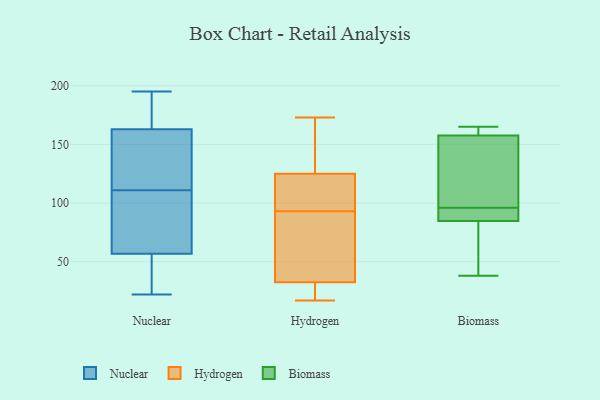
{"axis": {"x": "Satisfaction Score", "y": "Value"}, "legend": ["Biomass", "Hydrogen", "Nuclear"], "data": [{"x": "", "y": 185, "type": "Nuclear"}, {"x": "", "y": 29, "type": "Nuclear"}, {"x": "", "y": 131, "type": "Nuclear"}, {"x": "", "y": 54, "type": "Nuclear"}, {"x": "", "y": 23, "type": "Nuclear"}, {"x": "", "y": 195, "type": "Nuclear"}, {"x": "", "y": 111, "type": "Nuclear"}, {"x": "", "y": 167, "type": "Nuclear"}, {"x": "", "y": 95, "type": "Nuclear"}, {"x": "", "y": 93, "type": "Nuclear"}, {"x": "", "y": 136, "type": "Nuclear"}, {"x": "", "y": 104, "type": "Nuclear"}, {"x": "", "y": 127, "type": "Nuclear"}, {"x": "", "y": 43, "type": "Nuclear"}, {"x": "", "y": 151, "type": "Nuclear"}, {"x": "", "y": 191, "type": "Nuclear"}, {"x": "", "y": 22, "type": "Nuclear"}, {"x": "", "y": 65, "type": "Nuclear"}, {"x": "", "y": 169, "type": "Nuclear"}, {"x": "", "y": 106, "type": "Hydrogen"}, {"x": "", "y": 20, "type": "Hydrogen"}, {"x": "", "y": 119, "type": "Hydrogen"}, {"x": "", "y": 102, "type": "Hydrogen"}, {"x": "", "y": 45, "type": "Hydrogen"}, {"x": "", "y": 131, "type": "Hydrogen"}, {"x": "", "y": 24, "type": "Hydrogen"}, {"x": "", "y": 41, "type": "Hydrogen"}, {"x": "", "y": 173, "type": "Hydrogen"}, {"x": "", "y": 137, "type": "Hydrogen"}, {"x": "", "y": 17, "type": "Hydrogen"}, {"x": "", "y": 84, "type": "Hydrogen"}, {"x": "", "y": 90, "type": "Biomass"}, {"x": "", "y": 83, "type": "Biomass"}, {"x": "", "y": 165, "type": "Biomass"}, {"x": "", "y": 161, "type": "Biomass"}, {"x": "", "y": 147, "type": "Biomass"}, {"x": "", "y": 164, "type": "Biomass"}, {"x": "", "y": 38, "type": "Biomass"}, {"x": "", "y": 143, "type": "Biomass"}, {"x": "", "y": 43, "type": "Biomass"}, {"x": "", "y": 90, "type": "Biomass"}, {"x": "", "y": 96, "type": "Biomass"}]}